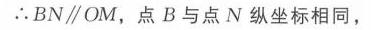
\(\therefore BN\parallel OM\)，点\(B\)与点\(N\)纵坐标相同，